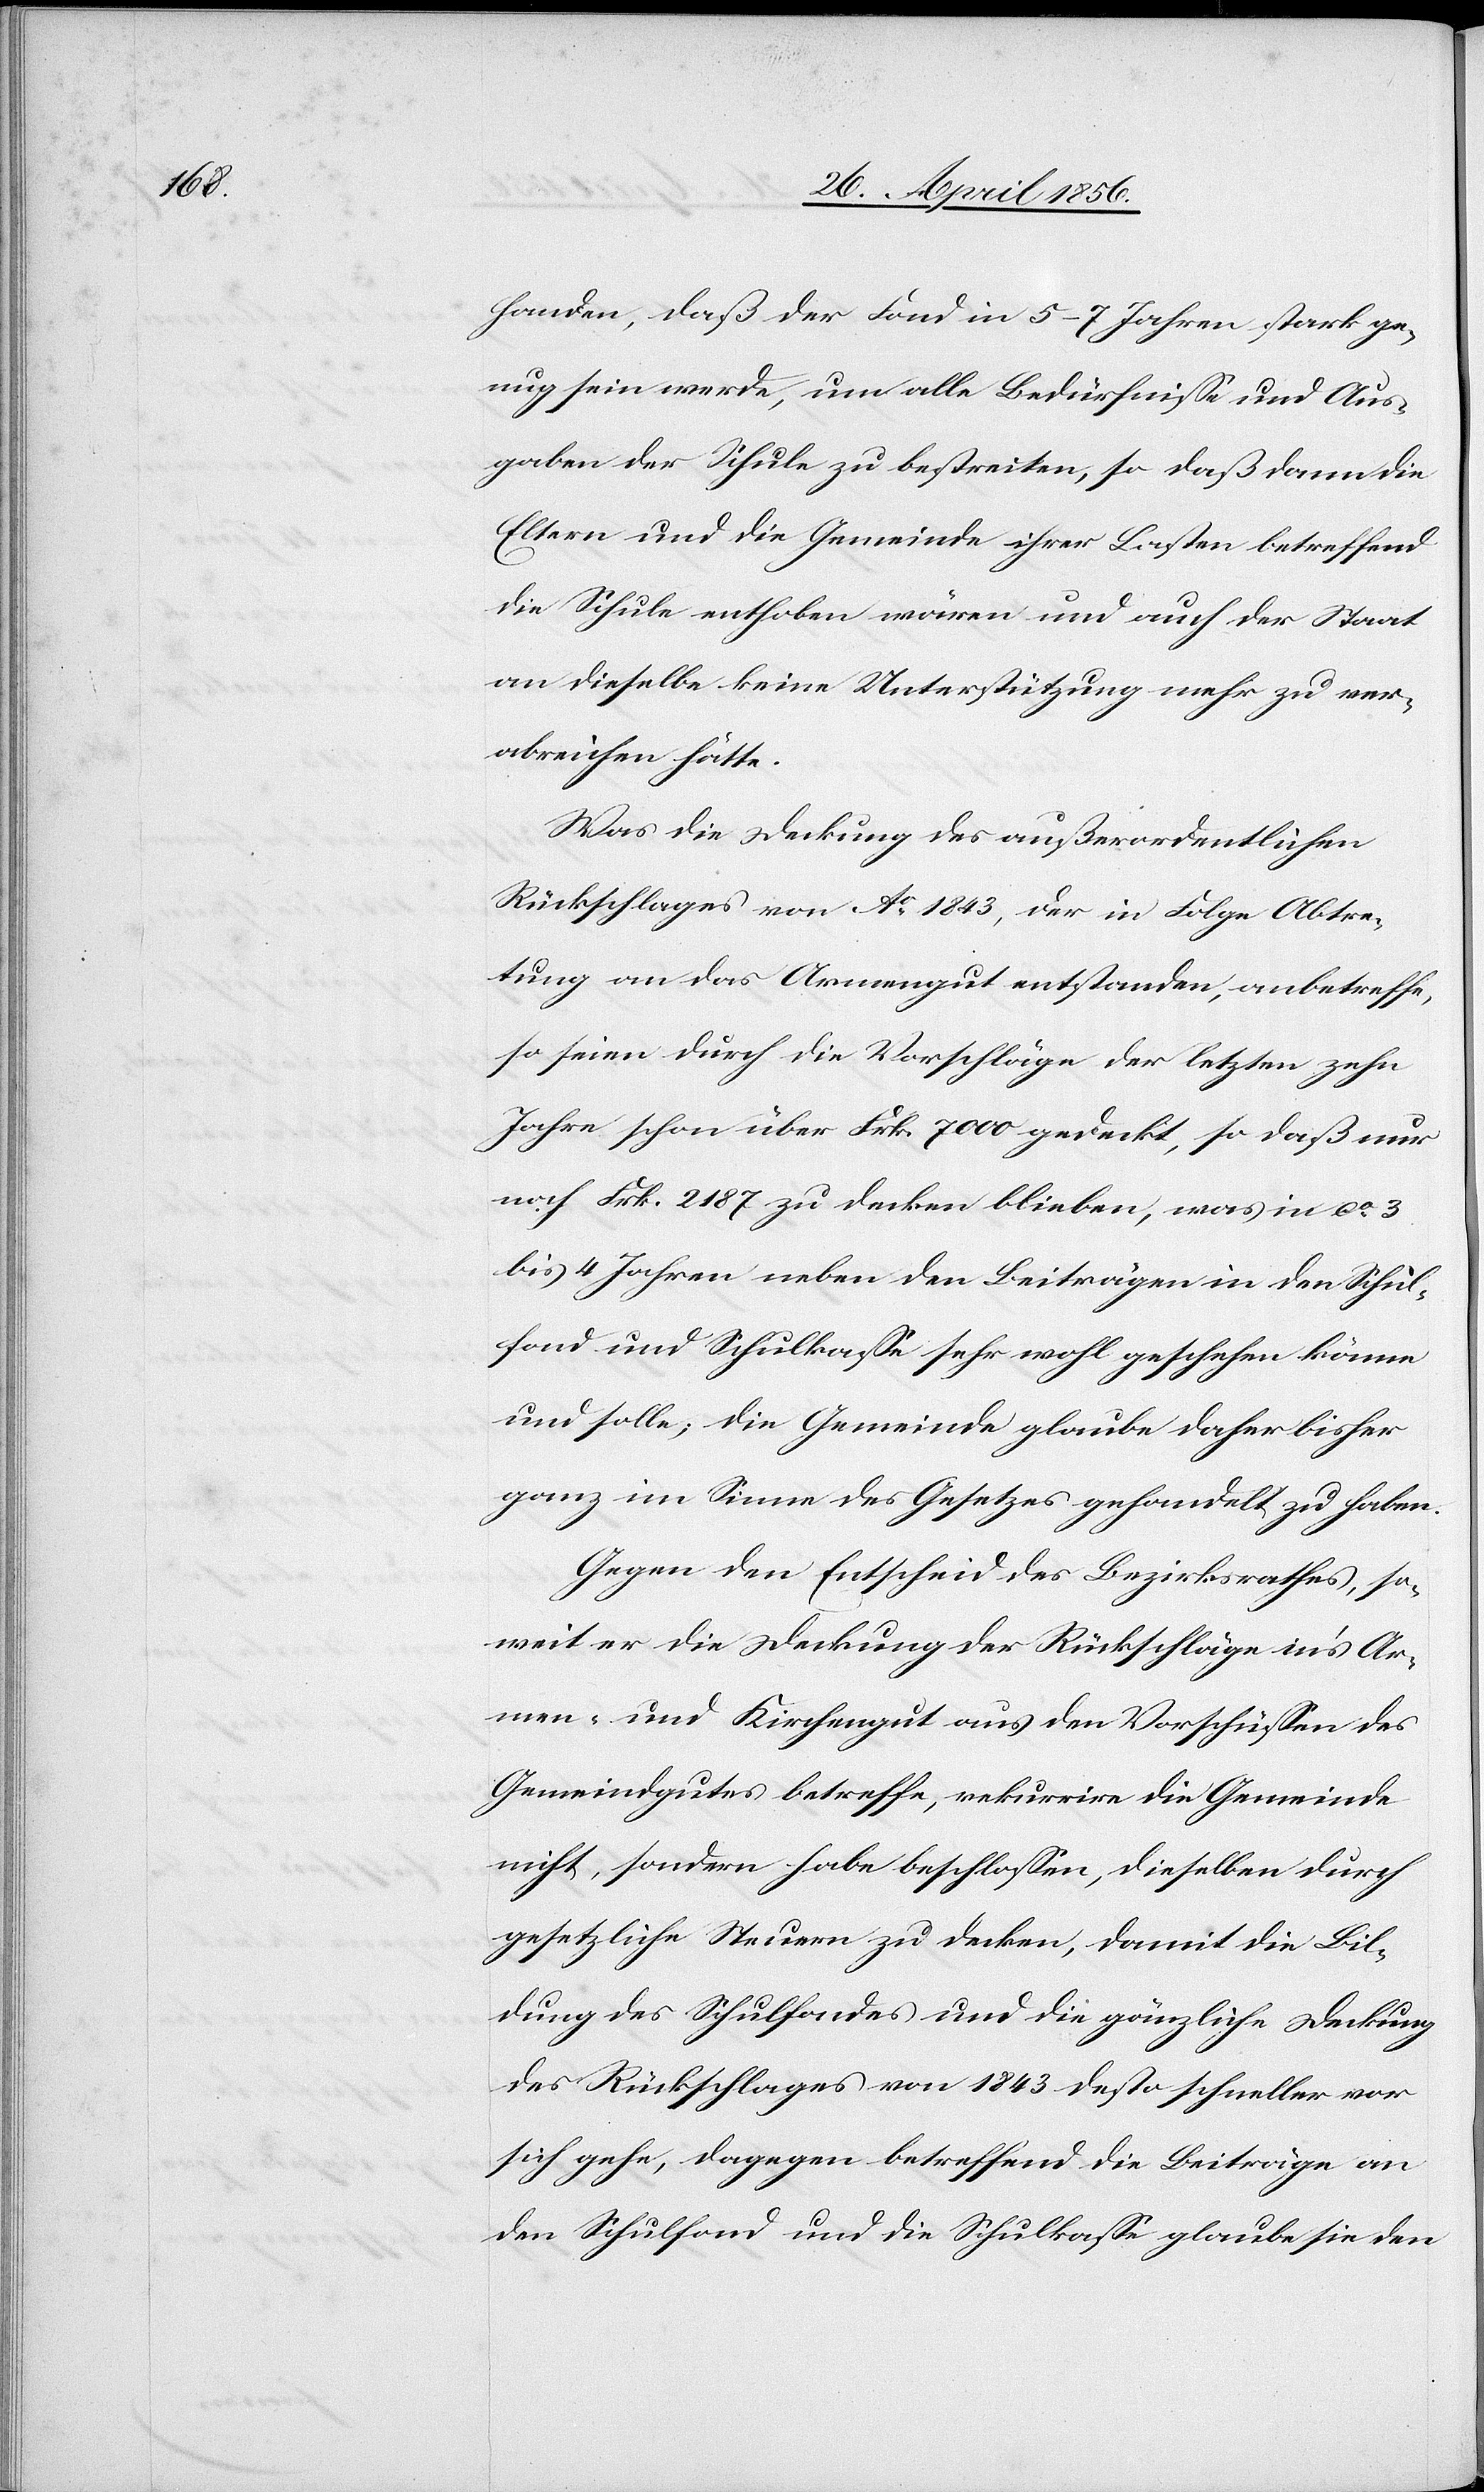
handen, daß der Fond in 5–7 Jahren stark ge¬
nug sein werde, um alle Bedürfnisse und Aus¬
gaben der Schule zu bestreiten, so daß dann die
Eltern und die Gemeinde ihrer Lasten betreffend
die Schule enthoben wären und auch der Staat
an dieselbe keine Unterstützung mehr zu ver¬
abreichen hätte.
Was die Deckung des außerordentlichen
Rückschlages von No 1843, der in Folge Abtre¬
tung an das Armengut entstanden, anbetreffe,
so seien durch die Vorschläge der letzten zehn
Jahre schon über Frk. 7000 gedeckt, so daß nur
noch Frk. 2187 zu decken bleiben, was in ca 3
bis 4 Jahren neben den Beiträgen in den Schul¬
fond und Schulkasse sehr wohl geschehen könne
und solle; die Gemeinde glaube daher bisher
ganz im Sinne des Gesetzes gehandelt zu haben.
Gegen den Entscheid des Bezirksrathes, so¬
weit er die Deckung der Rückschläge in’s Ar¬
men- und Kirchengut aus den Vorschüssen des
Gemeindgutes betreffe, rekurrire die Gemeinde
nicht, sondern habe beschlossen, dieselben durch
gesetzliche Steuern zu decken, damit die Bil¬
dung des Schulfondes und die gänzliche Deckung
des Rückschlages von 1843 desto schneller vor
sich gehe, dagegen betreffend die Beiträge an
den Schulfond und die Schulkasse glaube sie den